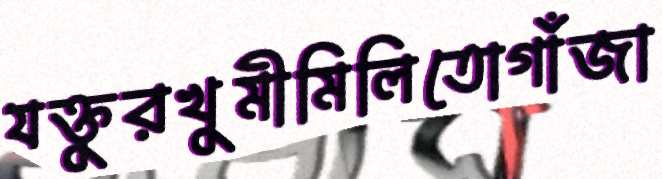
যক্তুরখুমীমিলিতোগাঁজা